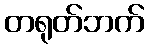
တရုတ်ဘက်